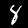
Label: 8